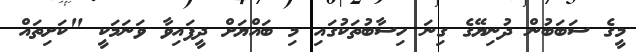
މީގެ ސަބަބުން ދުނިޔޭގެ ގިނަ ހިސާބުތަކުގައި މި ބައްޔަށް ދީފައިވާ ވަނަމަކީ "ކަށިތައް